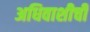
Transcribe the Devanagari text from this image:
अधिवाशीची